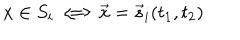
x \in S _ { i } \Longleftrightarrow \vec { x } = \vec { s } _ { i } ( t _ { 1 } , t _ { 2 } )